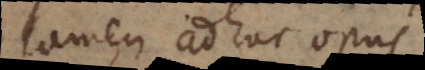
tamen adhuc opus